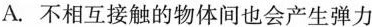
A.不相互接触的物体间也会产生弹力